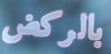
بالركض